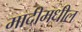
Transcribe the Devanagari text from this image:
मादीमधील